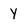
Character: y